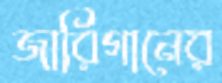
জারিগানের